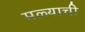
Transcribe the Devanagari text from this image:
मळ्याची